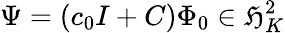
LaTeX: \Psi=(c_{0}I+C)\Phi_{0}\in\mathfrak{H}_{K}^{2}